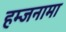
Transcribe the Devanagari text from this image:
हम्जनामा